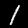
Label: 1